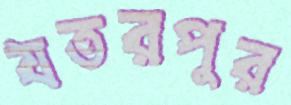
যতরপুর